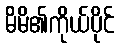
မိမိ၏ကိုယ်ပိုင်